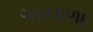
ગરનાળા